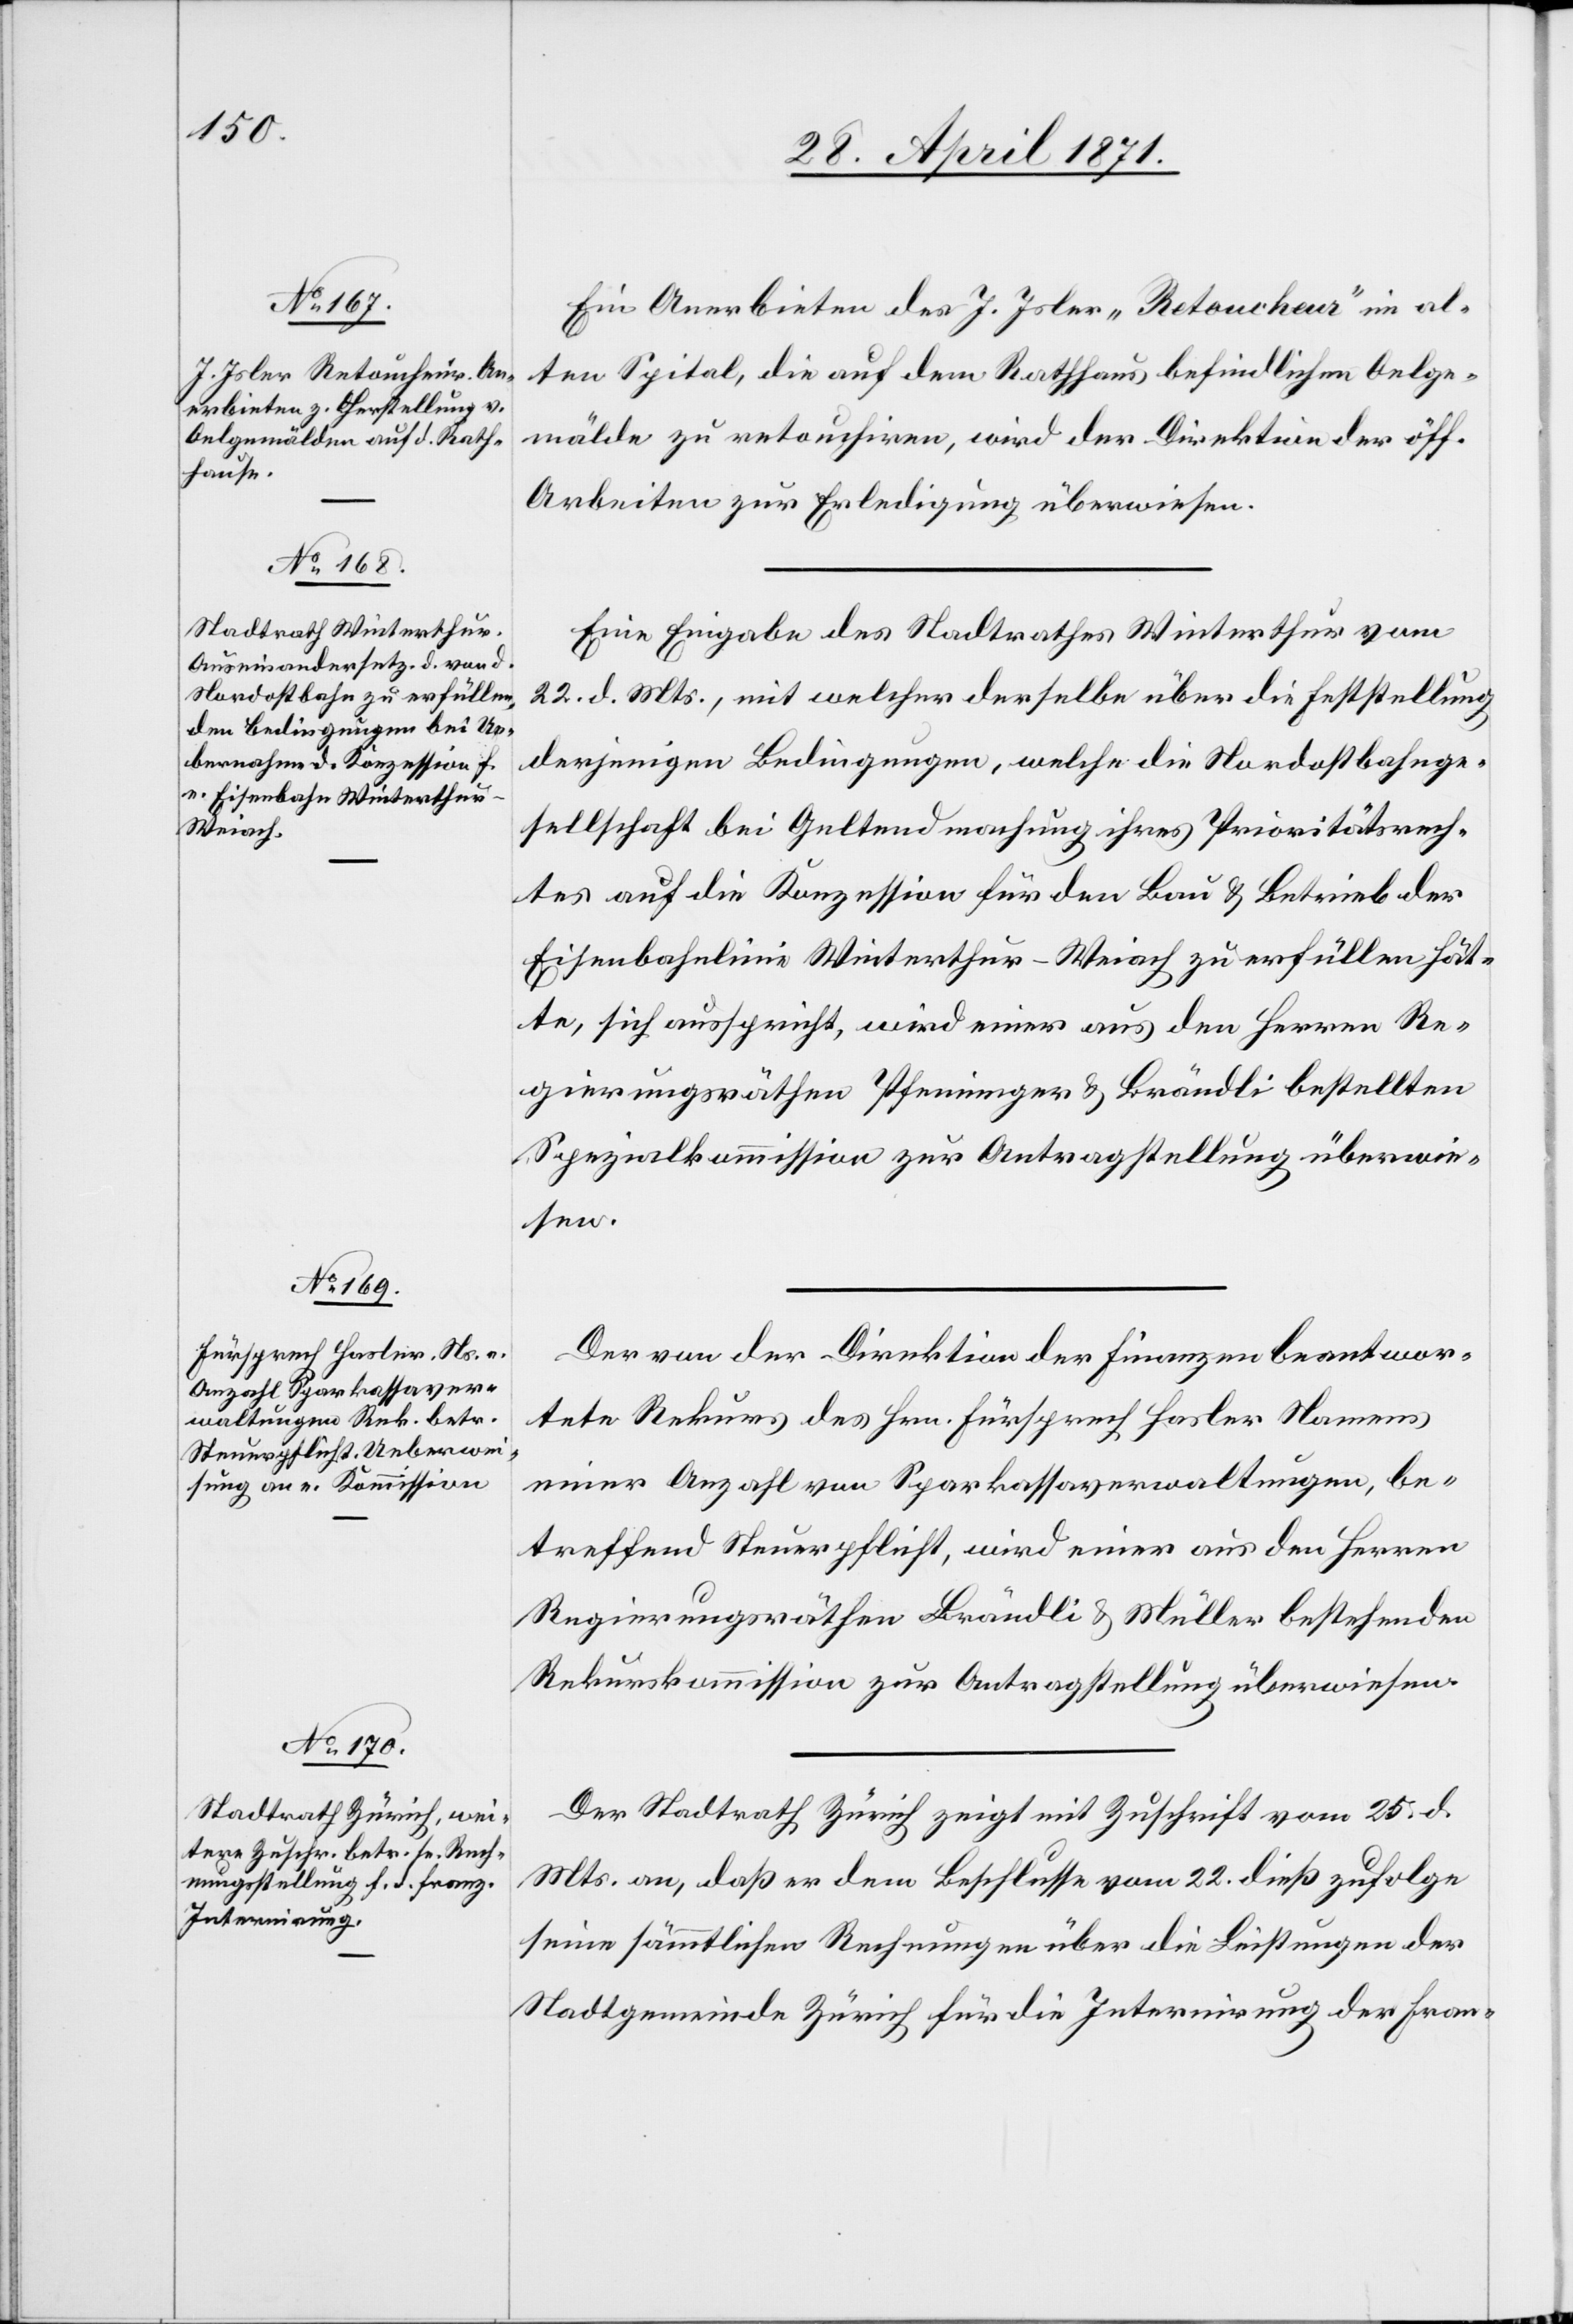
Ein Anerbieten des J. Isler „Retoucheur“ im al¬
ten Spital, die auf dem Rathhaus befindlichen Oelge¬
mälde zu retouchiren, wird der Direktion der öff.
Arbeiten zur Erledigung überwiesen.
Eine Eingabe des Stadtrathes Winterthur vom
22. d. Mts., mit welcher derselbe über die Feststellung
derjenigen Bedingungen, welche die Nordostbahnge¬
sellschaft bei Geltendmachung ihres Prioritätsrech¬
tes auf die Konzession für den Bau u. Betrieb der
Eisenbahnlinie Winterthur- Weiach zu erfüllen hät¬
te, sich ausspricht, wird einer aus den Herren Re¬
gierungsräthen Pfenninger u. Brändli bestellten
Spezialkommission zur Antragstellung überwie¬
sen.
Der von der Direktion der Finanzen beantwor¬
tete Rekurs des Hrn. Fürsprech Hasler Namens
einer Anzahl von Sparkassaverwaltungen, be¬
treffend Steuerpflicht, wird einer aus den Herren
Regierungsräthen Brändli u. Müller bestehenden
Rekurskommission zur Antragstellung überwiesen.
Der Stadtrath Zürich zeigt mit Zuschrift vom 25. d.
Mts. an, daß er dem Beschlusse vom 22. dieß zufolge
seine sämmtlichen Rechnungen über die Leistungen der
Stadtgemeinde Zürich für die Internirung der Fran-